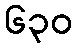
၆၃၀